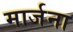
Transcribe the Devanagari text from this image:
मार्जना